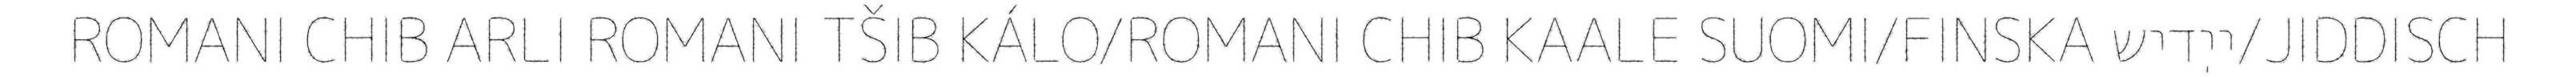
ROMANI CHIB ARLI ROMANI TŠIB KÁLO/ROMANI CHIB KAALE SUOMI/FINSKA ייִדיש/JIDDISCH